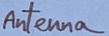
Text: Antenna